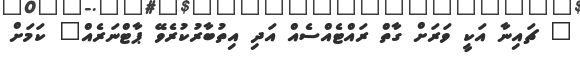
" ޗައިނާ އަކީ ވަރަށް ގާތް ރައްޓެއްސެއް އަދި އިތުބާރުކުރެވޭ ޕާޓްނަރެއް" ކަމަށް